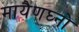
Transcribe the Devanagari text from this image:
मायैणघ्नो